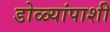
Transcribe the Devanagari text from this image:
डोळ्यांपाशी